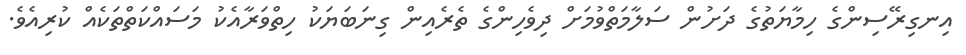
އިނގިރޭސިންގެ ހިމާޔަތުގެ ދަށުން ސަލާމަތްވުމަށް ދިވެހިންގެ ތެރެއިން ގިނަބަޔަކު ހިތްވަރާއެކު މަސައްކަތްތަކެއް ކުރިއެވެ.